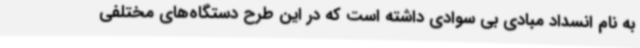
به نام انسداد مبادی بی سوادی داشته است که در این طرح دستگاه‌های مختلفی